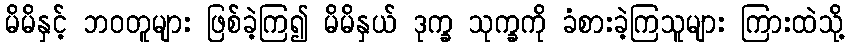
မိမိနှင့် ဘဝတူများ ဖြစ်ခဲ့ကြ၍ မိမိနှယ် ဒုက္ခ သုက္ခကို ခံစားခဲ့ကြသူများ ကြားထဲသို့